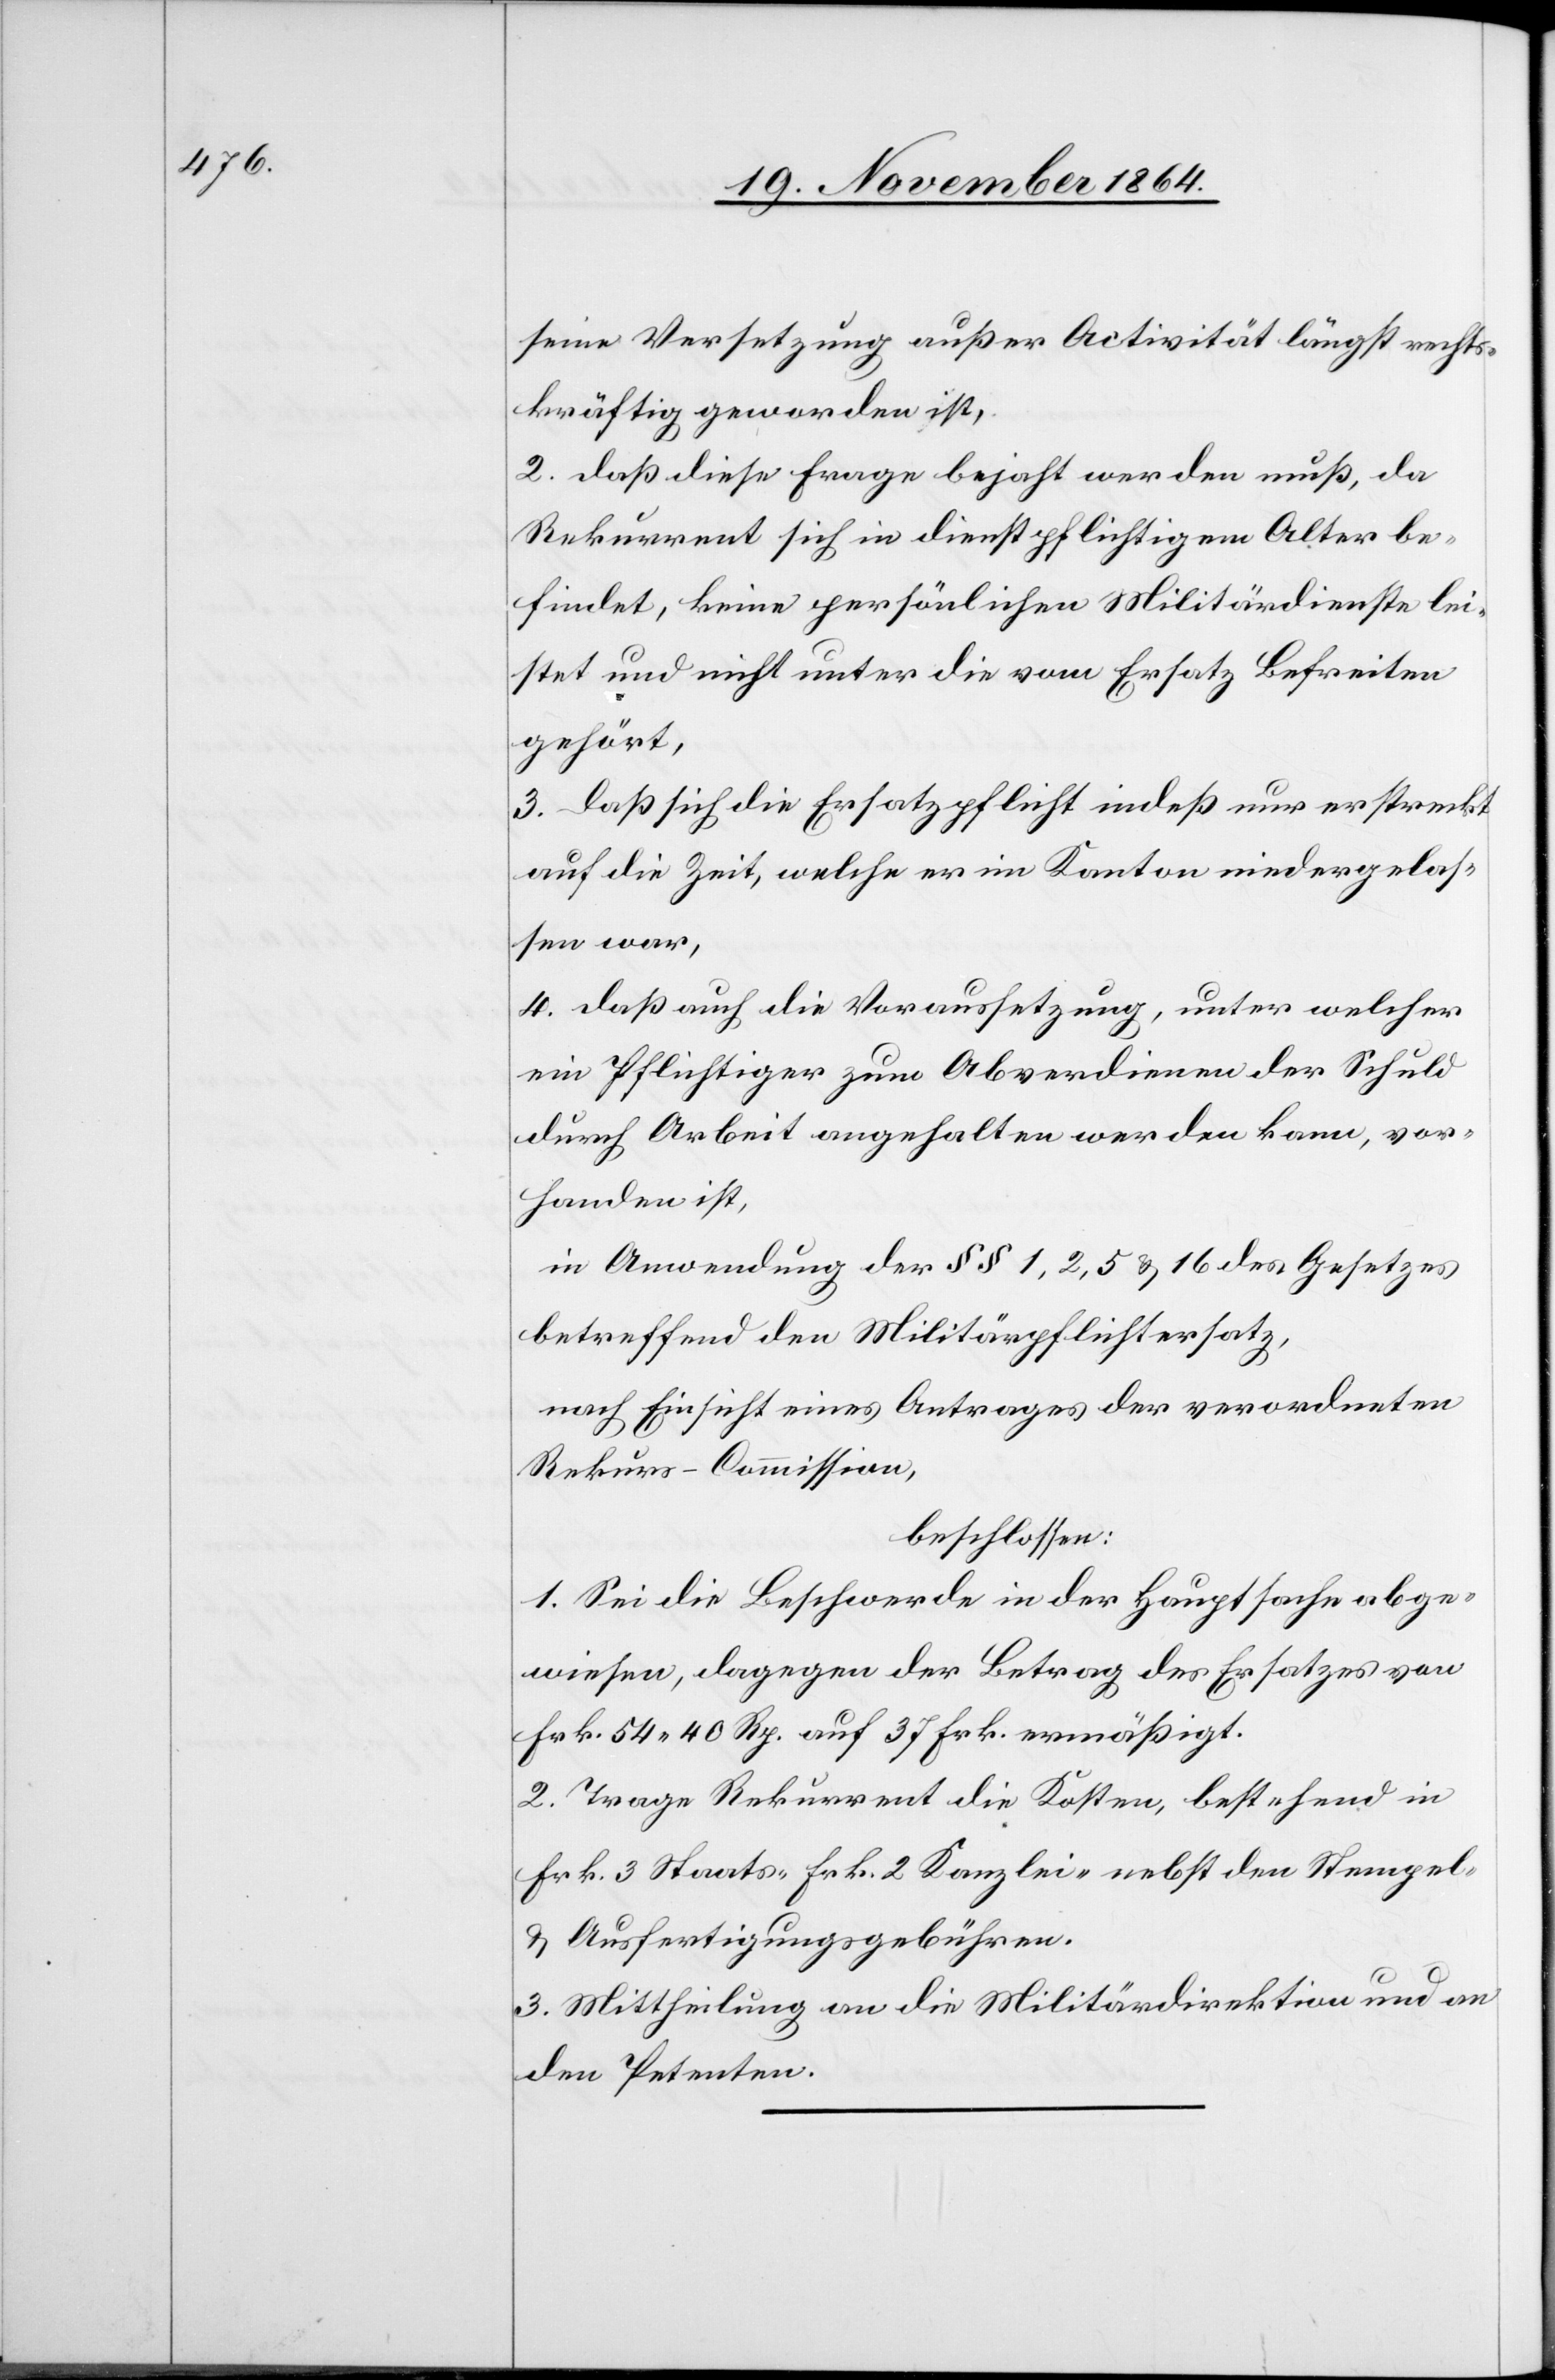
seine Versetzung außer Activität längst rechts¬
kräftig geworden ist,
2. daß diese Frage bejaht werden muß, da
Rekurrent sich in dienstpflichtigem Alter be¬
findet, keine persönlichen Militärdienste lei¬
stet und nicht unter die vom Ersatz befreiten
gehört,
3. daß sich die Ersatzpflicht indeß nur erstreckt
auf die Zeit, welche er im Kanton niedergelas¬
sen war,
4. daß auch die Voraussetzung, unter welcher
ein Pflichtiger zum Abverdienen der Schuld
durch Arbeit angehalten werden kann, vor¬
handen ist,
in Anwendung der §§ 1, 2, 5 & 16 des Gesetzes
betreffend den Militärpflichtersatz,
nach Einsicht eines Antrages der verordneten
Rekurs-Commission,
beschlossen:
1. Sei die Beschwerde in der Hauptsache abge¬
wiesen, dagegen der Betrag des Ersatzes von
Frk. 54.50 Rp. auf 37 Frk. ermäßigt.
2. Trage Rekurrent die Kosten, bestehend in
Frk. 3 Staats- Frk. 2 Kanzlei- nebst den Stempel-
& Ausfertigungsgebühren.
3. Mittheilung an die Militärdirektion und an
den Petenten.